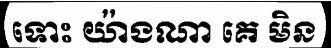
ទោះ យ៉ាងណា គេ មិន